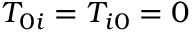
T _ { 0 i } = T _ { i 0 } = 0